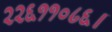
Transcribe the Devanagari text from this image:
२२६११०८६।